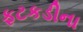
ફટકડીના